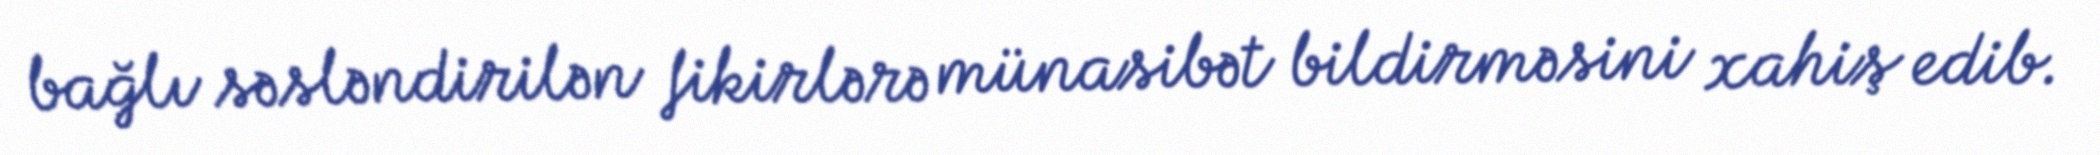
bağlı səsləndirilən fikirlərə münasibət bildirməsini xahiş edib.